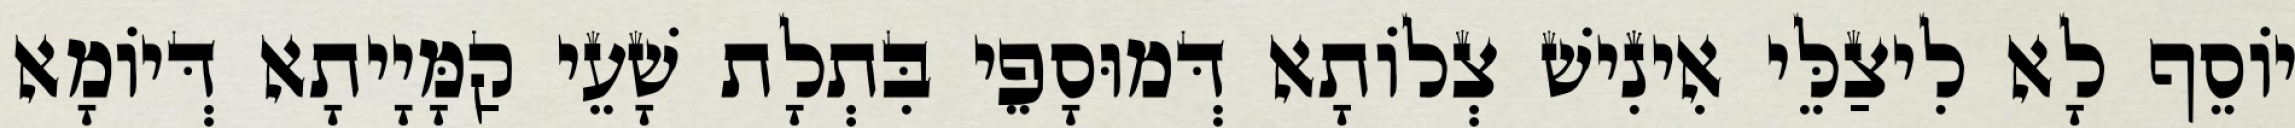
יוֹסֵף לָא לִיצַלֵּי אִינִישׁ צְלוֹתָא דְּמוּסָפֵי בִּתְלָת שָׁעֵי קַמָּיָיתָא דְּיוֹמָא